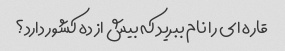
قاره ای را نام ببرید که بیش از ده کشور دارد؟